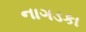
નાગડકા